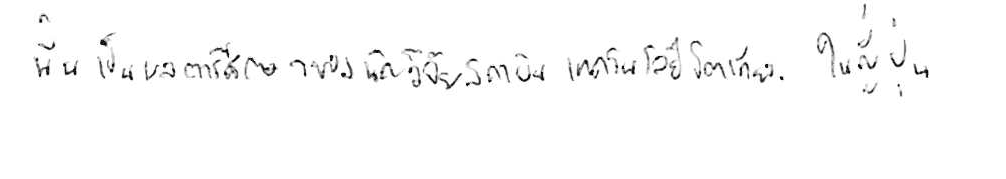
นั่นเป็นผลการศึกษาของนักวิจัยสถาบันเทคโนโลยีโตเกียว ในญี่ปุ่น